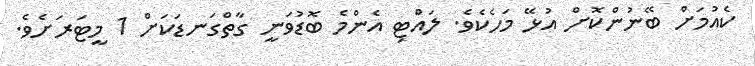
ކެއުމަށް ބޭނުންކޮށް އުޅޭ މަހެކެވެ. ލައްޓި އެންމެ ބޮޑުވަނީ ގާތްގަނޑަކަށް 1 މީޓަރަށެވެ.